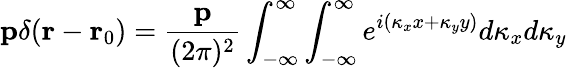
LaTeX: \mathbf{p}\delta(\mathbf{r}-\mathbf{r}_{0})=\frac{\mathbf{p}}{(2\pi)^{2}}\int_{-\infty}^{\infty}\int_{-\infty}^{\infty}e^{i(\kappa_{x}x+\kappa_{y}y)}{d\kappa_{x}}{d\kappa_{y}}